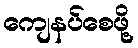
ကျေနပ်စေဖို့